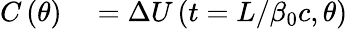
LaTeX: \begin{array}{rl}{C\left(\theta\right)}&{{}=\Delta U\left(t=L/\beta_{0}c,\theta\right)}\end{array}